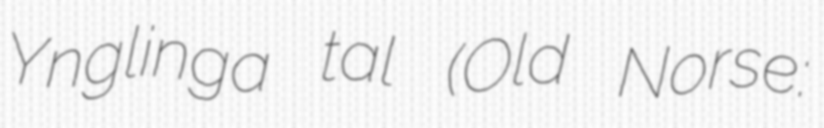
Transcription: Ynglinga tal (Old Norse: